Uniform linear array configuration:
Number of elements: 48
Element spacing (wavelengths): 0.75
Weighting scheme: binomial
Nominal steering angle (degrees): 60
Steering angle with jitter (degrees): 59.918
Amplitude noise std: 0.05
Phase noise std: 0.05

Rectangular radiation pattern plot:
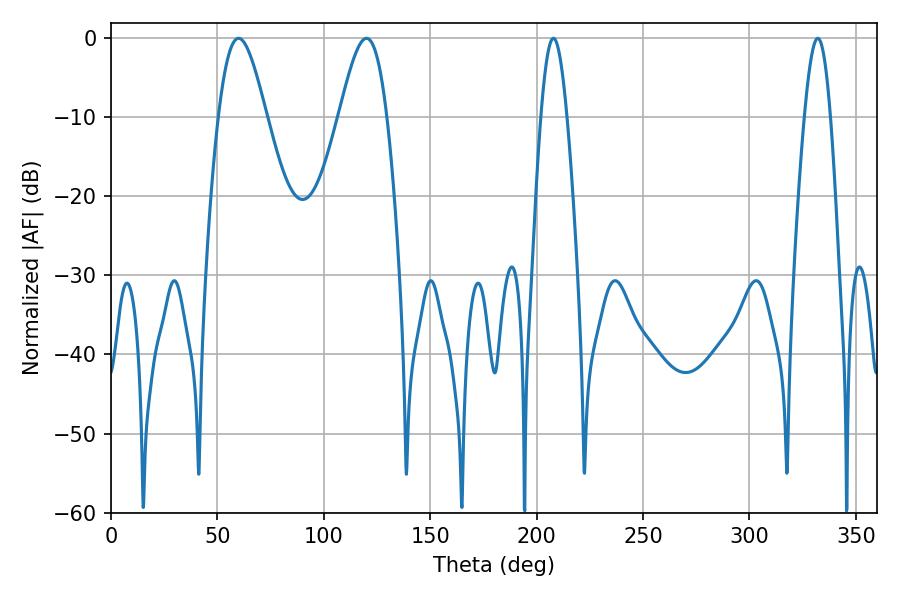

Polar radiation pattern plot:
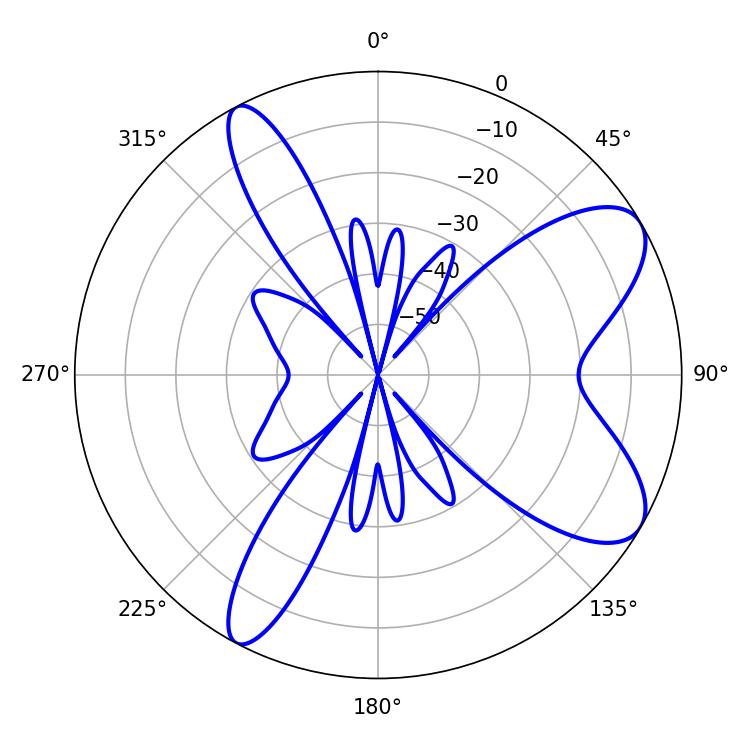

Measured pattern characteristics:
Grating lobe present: TRUE
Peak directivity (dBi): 8.406
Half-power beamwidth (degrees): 11.88
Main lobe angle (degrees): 59.94